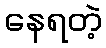
နေရတဲ့